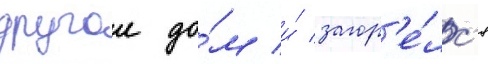
другои до́м и́ загор'е́лс'я